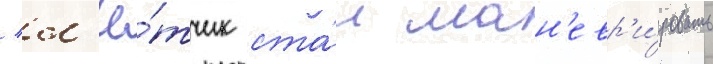
/ л'ё́тчик ста́л ман'евр'и́ровать